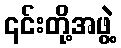
၎င်းတို့အဖွဲ့